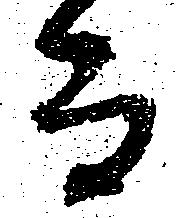
而